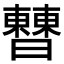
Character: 𣍘